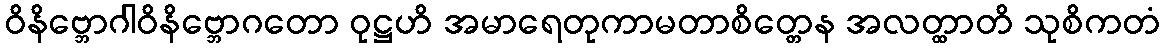
ဝိနိဗ္ဘောဂါဝိနိဗ္ဘောဂတော ဝုဋ္ဌဟိ အမာရေတုကာမတာစိတ္တေန အလတ္ထာတိ သုစိကတံ